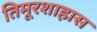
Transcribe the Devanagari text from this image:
तिमूरशाहास